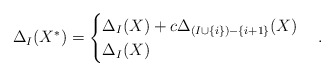
\begin{align*}\Delta_I(X^*) = \begin{cases}\Delta_I(X) + c\Delta_{(I\cup \{i\}) - \{i+1\}}(X) & \\\Delta_I(X) & \end{cases}.\end{align*}